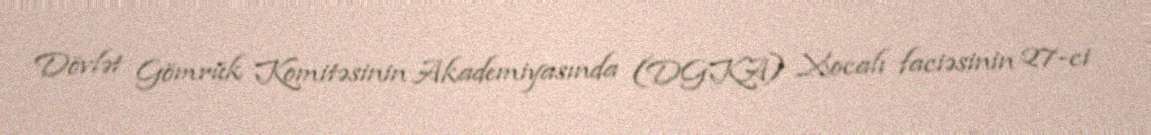
Dövlət Gömrük Komitəsinin Akademiyasında (DGKA) Xocalı faciəsinin 27-ci